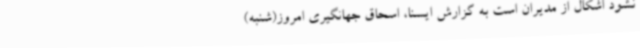
نشود اشکال از مدیران است به گزارش ایسنا، اسحاق جهانگیری امروز(شنبه)